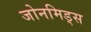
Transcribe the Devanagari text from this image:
जोनमिड्स